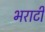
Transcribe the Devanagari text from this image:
भराटी